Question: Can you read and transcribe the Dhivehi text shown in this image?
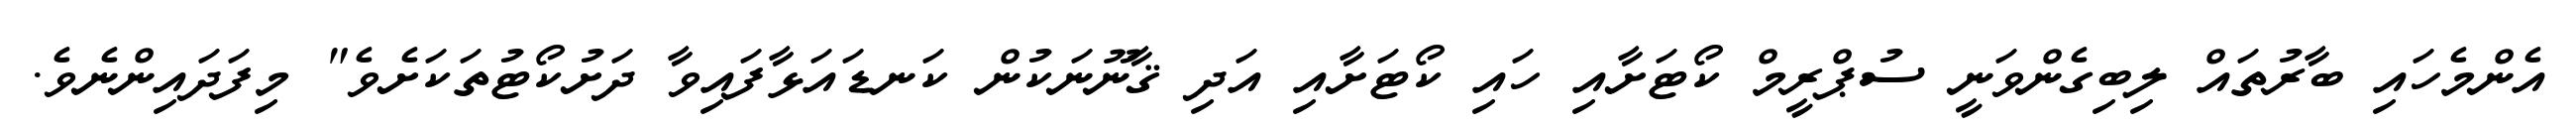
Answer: އެންމެހައި ބާރުތައް ލިބިގެންވަނީ ސުޕްރީމް ކޯޓަށާއި ހައި ކޯޓަށާއި އަދި ޤާނޫނަކުން ކަނޑައަޅާފައިވާ ދަށުކޯޓުތަކަށެވެ" މިފަދައިންނެވެ.